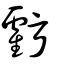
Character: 虧